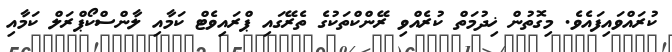
ކުރައްވައިފައެވެ. މިގޮތުން ޚިދުމަތް ކުރެއްވި ރޭންކްތަކުގެ ތެރޭގައި ޕްރައިވެޓް ކަމާއި ލާންސްކޯޕްރަލް ކަމާއި